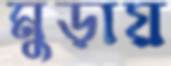
মুড়ায়